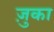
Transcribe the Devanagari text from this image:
ज़ुका